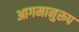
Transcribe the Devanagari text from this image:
आगमानुरूप